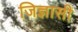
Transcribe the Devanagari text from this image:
जिज्ञासी